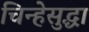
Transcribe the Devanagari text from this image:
चिन्हेसुद्धा